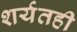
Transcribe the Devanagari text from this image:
शर्यतही